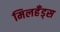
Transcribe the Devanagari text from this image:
मिलहँड्‌स